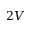
2 V